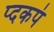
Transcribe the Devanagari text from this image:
प्दकपं